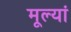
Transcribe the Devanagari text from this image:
मूल्यां